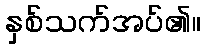
နှစ်သက်အပ်၏။